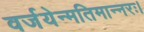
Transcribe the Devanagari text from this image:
वर्जयेन्मतिमान्नरः।